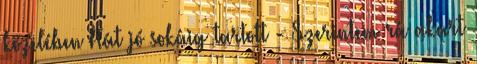
közelében Hát jó sokáig tartott - Szerintem rá akart